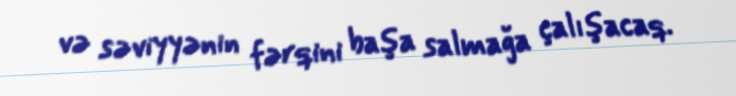
və səviyyənin fərqini başa salmağa çalışacaq.